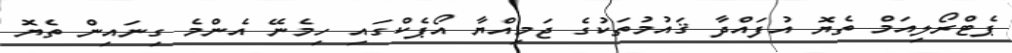
ޕެޓްރޯލިއަމް ތެޔޮ އުފައްދާ ޤައުމުތަކުގެ ޖަމިއްޔާ އޯޕެކްގައި ހިމެނޭ އެންމެ ގިނައިން ތެޔޮ